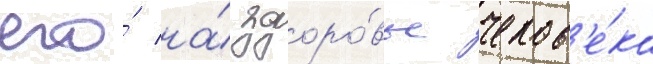
его́ на́ здоро́вье челов'е́ка